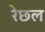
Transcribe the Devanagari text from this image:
रेछल